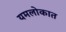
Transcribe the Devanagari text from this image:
यमलोकात